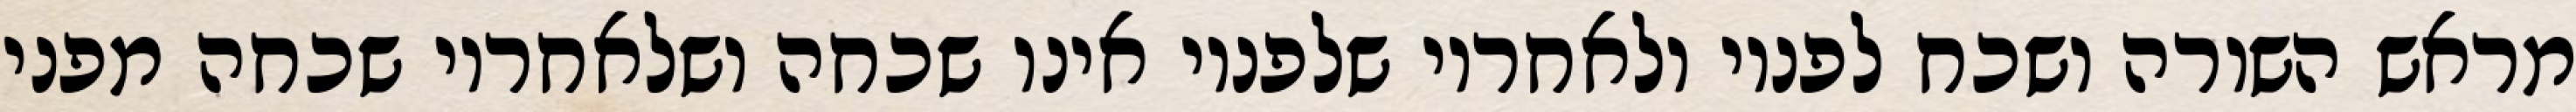
מראש השורה ושכח לפניו ולאחריו שלפניו אינו שכחה ושלאחריו שכחה מפני